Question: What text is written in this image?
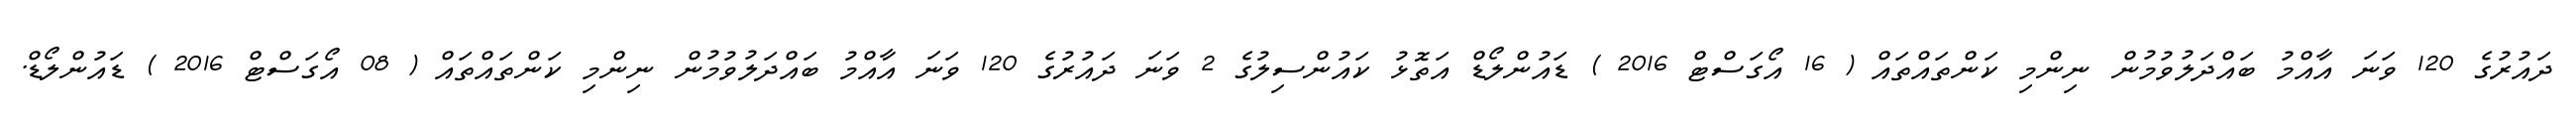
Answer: ދައުރުގެ 120 ވަނަ އާއްމު ބައްދަލުވުމުން ނިންމި ކަންތައްތައް ( 16 އޯގަސްޓް 2016 ) ޑައުންލޯޑް އަތޮޅު ކައުންސިލުގެ 2 ވަނަ ދައުރުގެ 120 ވަނަ އާއްމު ބައްދަލުވުމުން ނިންމި ކަންތައްތައް ( 08 އޯގަސްޓް 2016 ) ޑައުންލޯޑް.